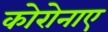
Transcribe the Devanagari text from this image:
कोरोनाए